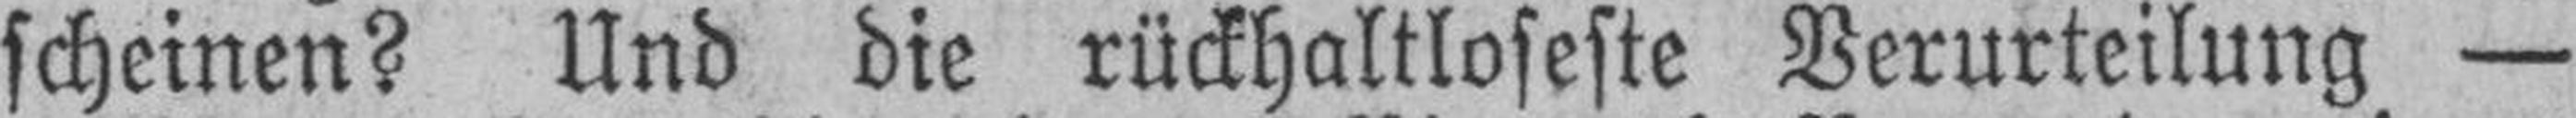
scheinen? Und die rückhaltloseste Verurteilung —